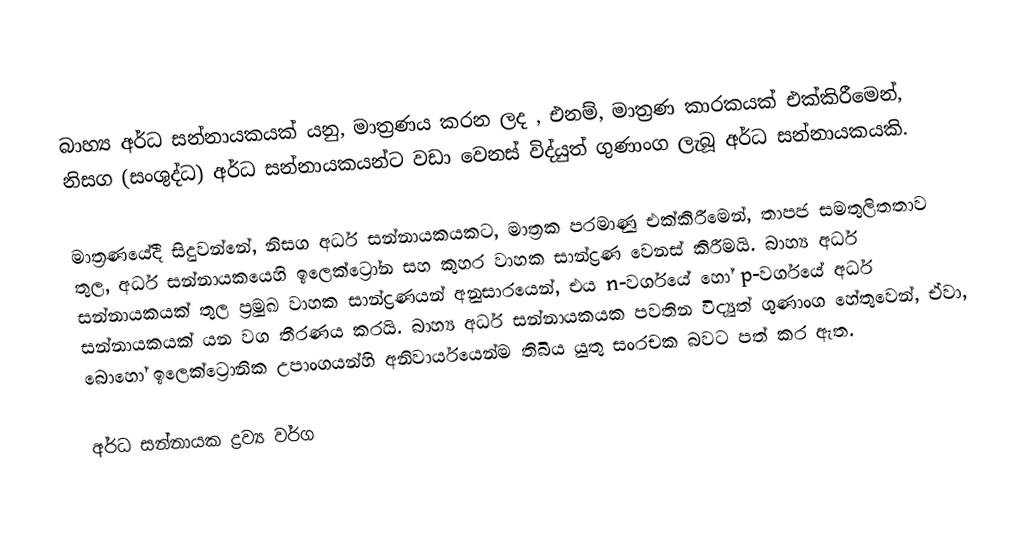
බාහ්‍ය අර්ධ සන්නායකයක් යනු, මාත්‍රණය කරන ලද , එනම්,  මාත්‍රණ කාරකයක් එක්කිරීමෙන්,  නිසග (සංශුද්ධ) අර්ධ සන්නායකයන්ට වඩා වෙනස් විද්යුත් ගුණාංග ලැබූ අර්ධ සන්නායකයකි.

මාත්‍රණයේදී සිදුවන්නේ, නිසග අර්ධ සන්නායකයකට, මාත්‍රක පරමාණු එක්කිරීමෙන්,  තාපජ සමතුලිතතාව තුල,  අර්ධ සන්නායකයෙහි ඉලෙක්ට්‍රෝන සහ කුහර වාහක සාන්ද්‍රණ වෙනස් කිරීමයි.  බාහ්‍ය අර්ධ සන්නායකයක් තුල ප්‍රමුඛ වාහක සාන්ද්‍රණයන් අනුසාරයෙන්,  එය n-වර්ගයේ හෝ p-වර්ගයේ අර්ධ සන්නායකයක් යන වග තීරණය කරයි.  බාහ්‍ය අර්ධ සන්නායකයක පවතින විද්‍යුත් ගුණාංග හේතුවෙන්,  ඒවා, බොහෝ ඉලෙක්ට්‍රොනික උපාංගයන්හි අනිවාර්යයෙන්ම තිබිය යුතු සංරචක බවට පත් කර ඇත.

අර්ධ සන්නායක ද්‍රව්‍ය වර්ග